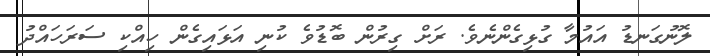
ލޮނުގަނޑު އައުމާ ގުޅިގެންނެވެ. ރަށް ގިރުން ބޮޑުވެ ކުނި އަޅައިގެން ހިއްކި ސަރަހައްދު